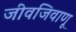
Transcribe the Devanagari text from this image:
जीवजिवाणू